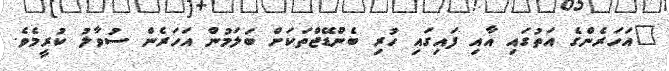
"އަހަރެންގެ އަތުގައި އާއި ފައިގައި ހުރި ބެންޑޭޖްތަކަށް ބަލަމުން އަހަރެން ސުވާލު ކުރީމެވެ.